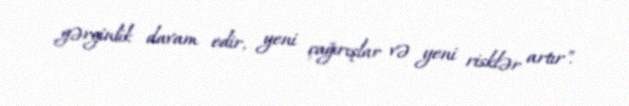
gərginlik davam edir, yeni çağırışlar və yeni risklər artır".